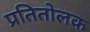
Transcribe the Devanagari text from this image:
प्रतितोलक